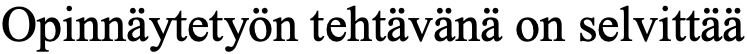
Opinnäytetyön tehtävänä on selvittää